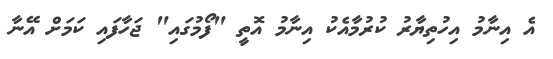
އެ އިނާމު އިހުތިޔާރު ކުރުމާއެކު އިނާމު އޮތީ "ފޯމުގައި" ޖަހާފައި ކަމަށް އޭނާ